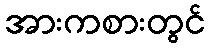
အားကစားတွင်